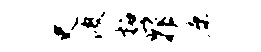
史波柘罪康